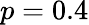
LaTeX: p=0.4